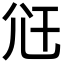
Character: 𭕍